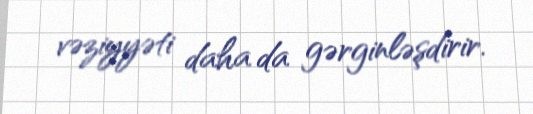
vəziyyəti daha da gərginləşdirir.